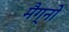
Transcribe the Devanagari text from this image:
मैग्नो